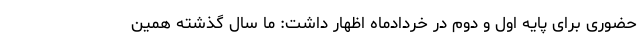
حضوری برای پایه اول و دوم در خردادماه اظهار داشت: ما سال گذشته همین